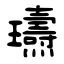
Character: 瓙